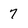
Character: 7